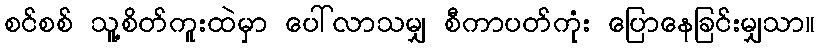
စင်စစ် သူ့စိတ်ကူးထဲမှာ ပေါ်လာသမျှ စီကာပတ်ကုံး ပြောနေခြင်းမျှသာ။